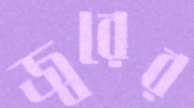
জ্বরের